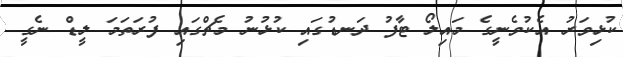
ކުޅިވަރު އެކުވެނީގެ މައިލޯ ޓާފު ދަނޑުގައި ކުޅުނު މެޗްގައި ފުރަތަމަ ލީޑް ނެގީ